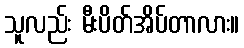
သူလည်း မီးပိတ်အိပ်တာလား။